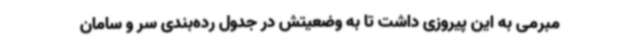
مبرمی به این پیروزی داشت تا به وضعیتش در جدول رده‌بندی سر و سامان